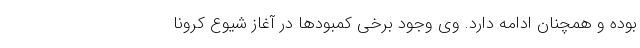
بوده و همچنان ادامه دارد. وی وجود برخی کمبودها در آغاز شیوع کرونا